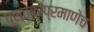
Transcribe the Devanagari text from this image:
पुस्तकांप्रमाणेच